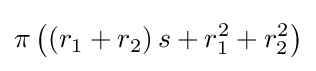
\displaystyle \pi \left(\left(r_{1}+r_{2}\right)s+r_{1}^{2}+r_{2}^{2}\right)